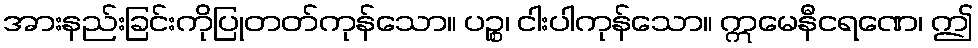
အားနည်းခြင်းကိုပြုတတ်ကုန်သော။ ပဉ္စ၊ ငါးပါကုန်သော။ ဣမေနီငရဏေ၊ ဤ